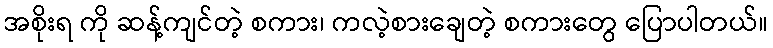
အစိုးရ ကို ဆန့်ကျင်တဲ့ စကား၊ ကလဲ့စားချေတဲ့ စကားတွေ ပြောပါတယ်။